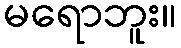
မရောဘူး။